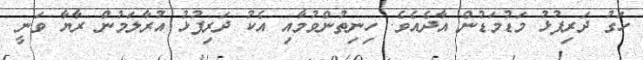
ހަގު ދަރިފުޅު މަޑުމަޑުން އާދެއެވެ. ހިނިތުންވުމާއި އެކު ދަރިފުޅު އުރާލަމުން ރާޔާ ވަނީ